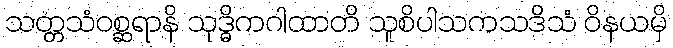
သတ္တသံဝစ္ဆရာနိ သုဒ္ဓိကဂါထာတိ သူစိပါသကသဒိသံ ဝိနယမှိ